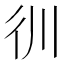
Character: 𰐬